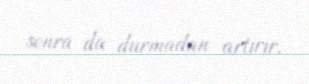
sonra da durmadan artırır.